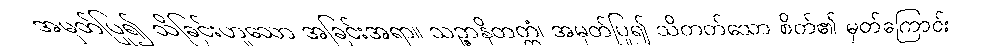
အမှတ်ပြု၍ သိခြင်းဟူသော အခြင်းအရာ။ သဉ္ဇာနိတတ္တံ၊ အမှတ်ပြု၍ သိတတ်သော စိတ်၏ မှတ်ကြောင်း